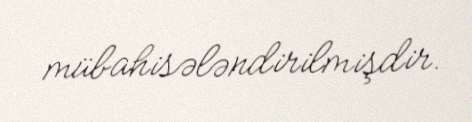
mübahisələndirilmişdir.